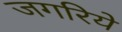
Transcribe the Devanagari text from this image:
जगरिये